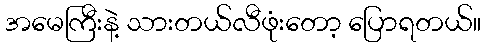
အမေကြီးနဲ့ သားတယ်လီဖုံးတော့ ပြောရတယ်။